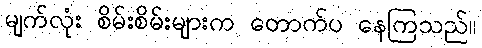
မျက်လုံး စိမ်းစိမ်းများက တောက်ပ နေကြသည်။